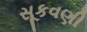
સૂકવણી